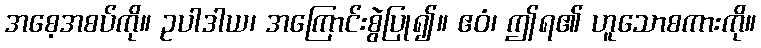
အစေ့အစပ်ကို။ ဥပါဒါယ၊ အကြောင်းစွဲပြု၍။ ဧဝံ၊ ဤရ၏ ဟူသောစကားကို။